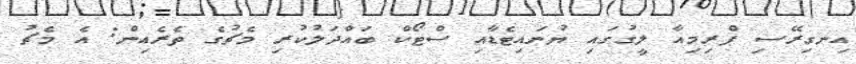
އިނގިރޭސި ޕްރިމިއާ ލީގުގައި ޔުނައިޓެޑާއި ސްޓޯކް ބައްދަލުކުރި މެޗުގެ ތެރެއިން: އެ މެޗު